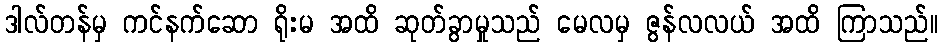
ဒါလ်တန်မှ ကင်နက်ဆော ရိုးမ အထိ ဆုတ်ခွာမှုသည် မေလမှ ဇွန်လလယ် အထိ ကြာသည်။